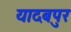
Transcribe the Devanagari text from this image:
यादबपुर